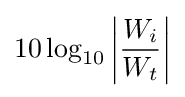
10\log _{10}\left\vert {W_{i} \over W_{t}}\right\vert